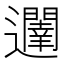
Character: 𮟥